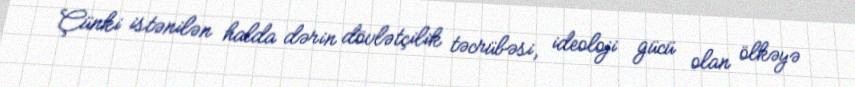
Çünki istənilən halda dərin dövlətçilik təcrübəsi, ideoloji gücü olan ölkəyə